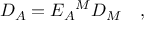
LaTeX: { \cal D } _ { A } = E _ { A } { } ^ { M } { \cal D } _ { M } \quad ,